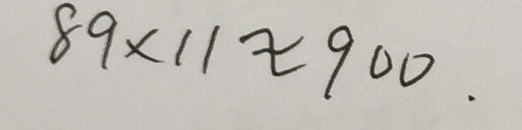
8 9 \times 1 1 \approx 9 0 0 .